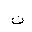
Letter: _non